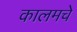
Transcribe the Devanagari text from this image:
कालमचे